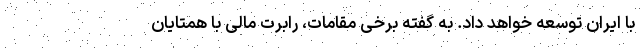
با ایران توسعه خواهد داد. به گفته برخی مقامات، رابرت مالی با همتایان